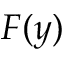
F ( y )